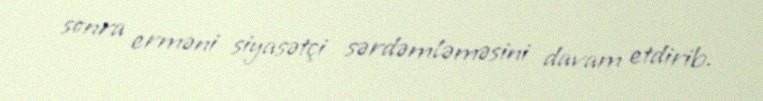
sonra erməni siyasətçi sərdəmləməsini davam etdirib.